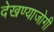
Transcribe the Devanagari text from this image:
देखण्याजोगी